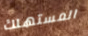
المستهلك